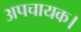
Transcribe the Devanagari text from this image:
अपचायक।